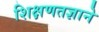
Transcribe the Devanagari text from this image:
शिक्षणतज्ञाने